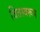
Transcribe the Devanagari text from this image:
चितस्वरूप